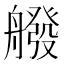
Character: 𦪑